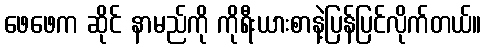
ဖေဖေက ဆိုင် နာမည်ကို ကိုရီးယားစာနဲ့ပြန်ပြင်လိုက်တယ်။